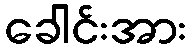
ခေါင်းအား